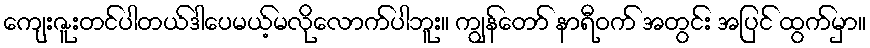
ကျေးဇူးတင်ပါတယ်ဒါပေမယ့်မလိုလောက်ပါဘူး။ ကျွန်တော် နာရီဝက် အတွင်း အပြင် ထွက်မှာ။